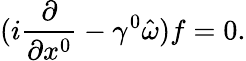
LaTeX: (i\frac{\partial}{\partial x^{0}}-\gamma^{0}\hat{\omega})f=0.